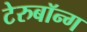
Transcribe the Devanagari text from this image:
टेरुबॉन्ग